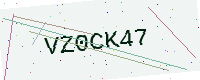
Text: VZ0CK47